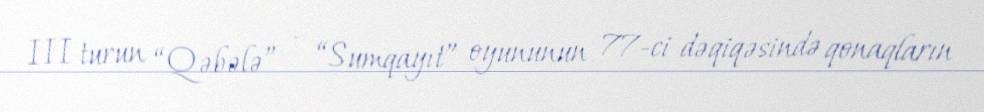
III turun “Qəbələ” – “Sumqayıt” oyununun 77-ci dəqiqəsində qonaqların